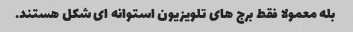
بله معمولا فقط برج های تلویزیون استوانه ای شکل هستند.